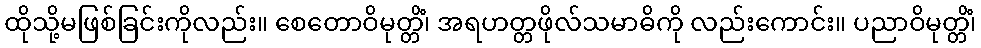
ထိုသို့မဖြစ်ခြင်းကိုလည်း။ စေတောဝိမုတ္တိံ၊ အရဟတ္တဖိုလ်သမာဓိကို လည်းကောင်း။ ပညာဝိမုတ္တိံ၊